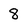
Character: 8